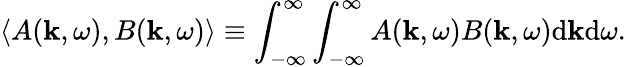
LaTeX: \langle A(\mathbf{k},\omega),B(\mathbf{k},\omega)\rangle\equiv\int_{-\infty}^{\infty}\int_{-\infty}^{\infty}A(\mathbf{k},\omega)B(\mathbf{k},\omega)\mathrm{d}\mathbf{k}\mathrm{d}\omega.